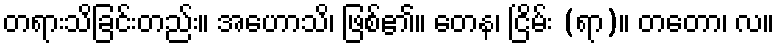
တရားသိခြင်းတည်း။ အဟောသိ၊ ဖြစ်၏။ တေန၊ ငြိမ်း (ရာ)။ တတော၊ လ။